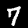
Label: 7